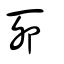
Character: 丣